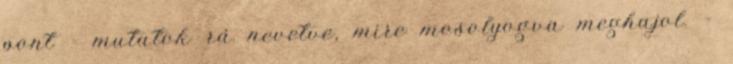
pont - mutatok rá nevetve, mire mosolyogva meghajol. -